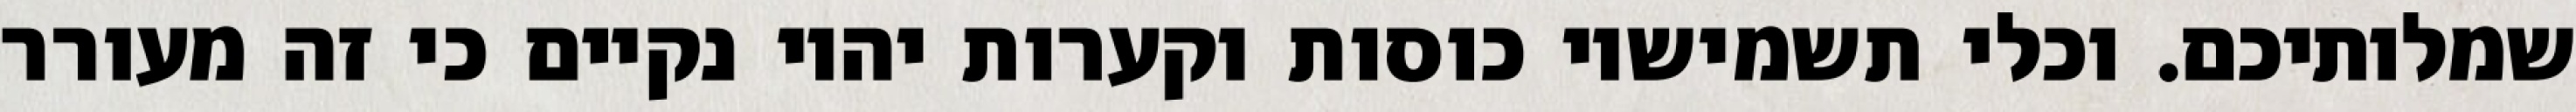
שמלותיכם. וכלי תשמישיו כוסות וקערות יהיו נקיים כי זה מעורר